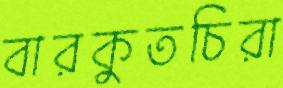
বারকুতচিরা